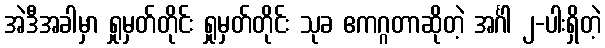
အဲဒီအခါမှာ ရှုမှတ်တိုင်း ရှုမှတ်တိုင်း သုခ ဧကဂ္ဂတာဆိုတဲ့ အင်္ဂါ ၂-ပါးရှိတဲ့